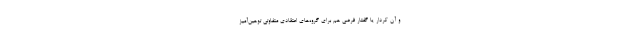
و آن کردار یا گفتار فرضی هم برای گروه‌های اعتقادی متفاوتی توهین‌آمیز